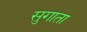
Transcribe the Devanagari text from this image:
सुगाता